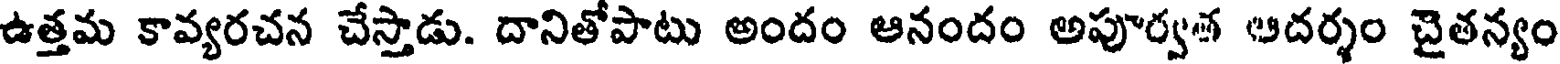
ఉత్తమ కావ్యరచన చేస్తాడు. దానితోపాటు అందం ఆనందం అపూర్వశ ఆదర్శం చైతన్యం